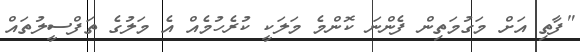
"ފާތި އަށް މަގުމަތިން ފެންނަ ކޮންމެ މަލަކީ ކުރެހުމެއް އެ މަލުގެ ތަފްސީލުތައް